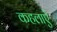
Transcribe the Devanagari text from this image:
कहलाऐ